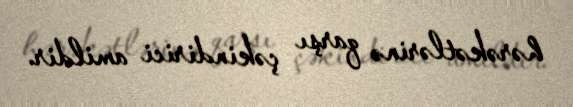
hərəkətlərinə qarşı çəkindirici amildir.